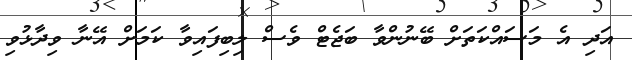
އަދި އެ މަސައްކަތަށް ބޭނުންވާ ބަޖެޓް ވެސް ލިބިފައިވާ ކަމަށް އޭނާ ވިދާޅުވި